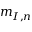
m _ { I , n }